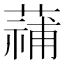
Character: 𮑑